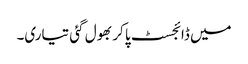
میں ڈائجسٹ پا کر بھول گئی تیاری۔